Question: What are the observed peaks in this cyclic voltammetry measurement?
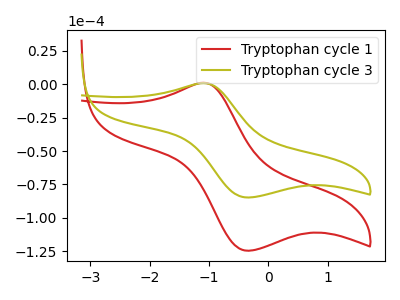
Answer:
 <answer>The red curve "Tryptophan cycle 1" has an anodic peak at (-1.10V, 1.00uA) and a cathodic peak at (-0.35V, -124.55uA). The olive curve "Tryptophan cycle 3" has an anodic peak at (-1.10V, 0.70uA) and a cathodic peak at (-0.35V, -84.75uA).</answer>
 <eval></eval>